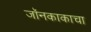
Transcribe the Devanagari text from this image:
जॉनकाकाचा